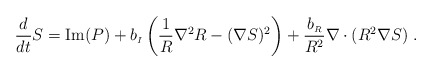
\begin{align*}{{d}\over{dt}} S = {\rm Im}(P) + b_{\scriptscriptstyle I}\left(\frac{1}{R}\nabla^2 R- (\nabla S)^2\right)+{{b_{\scriptscriptstyle R}}\over{R^2}} \nabla\cdot (R^2 \nabla S)~.~~\end{align*}